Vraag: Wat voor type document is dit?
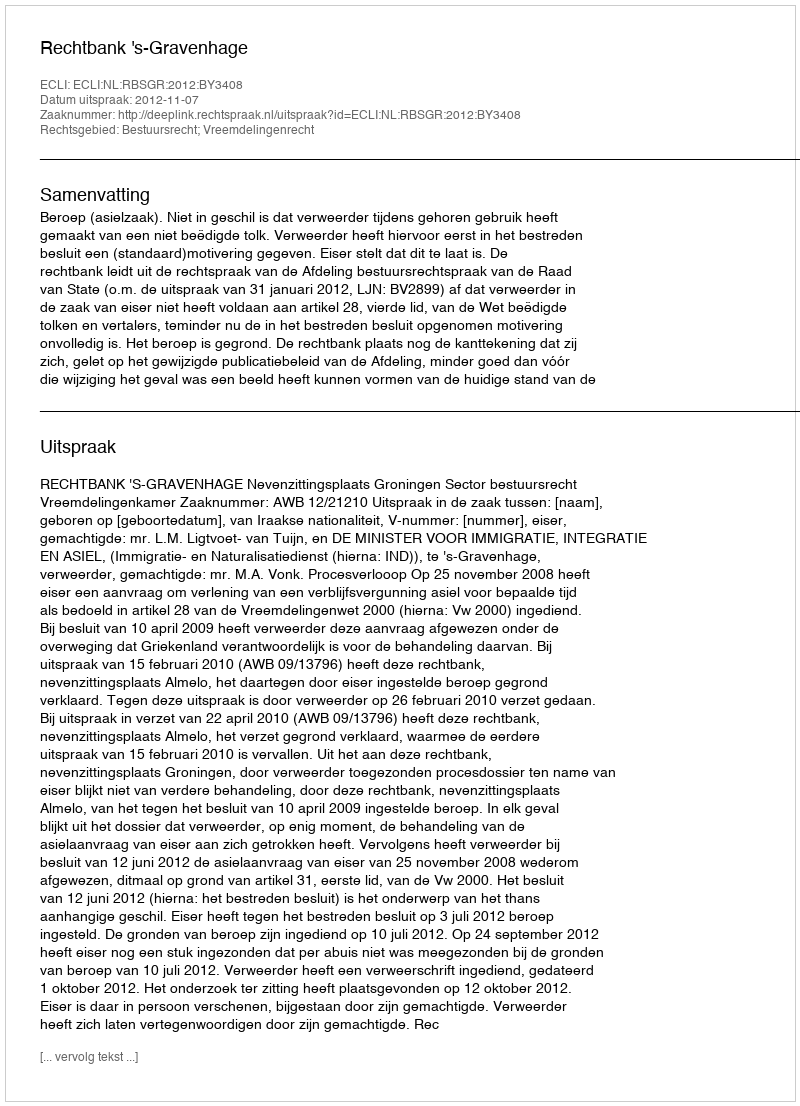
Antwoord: Uitspraak